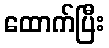
ထောက်ပြီး